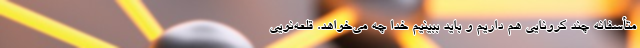
متأسفانه چند کرونایی هم داریم و باید ببینیم خدا چه می‌خواهد. قلعه‌نویی